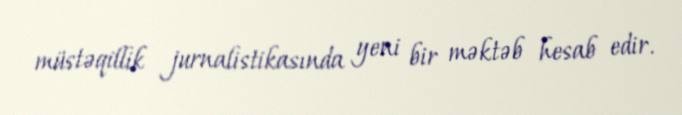
müstəqillik jurnalistikasında yeni bir məktəb hesab edir.